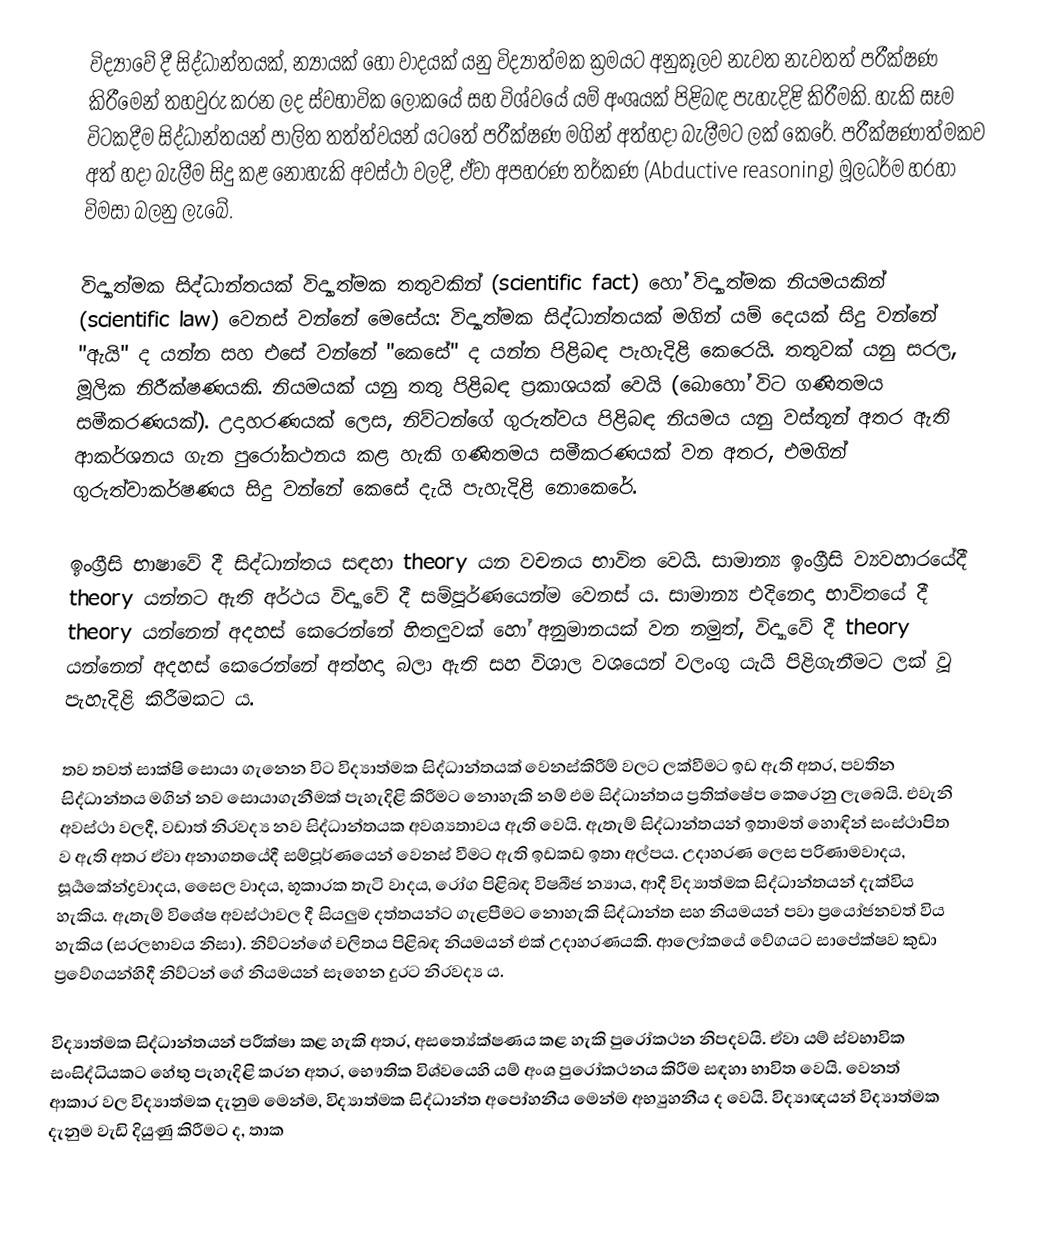
විද්‍යාවේ දී සිද්ධාන්තයක්, න්‍යායක් හෝ වාදයක් යනු විද්‍යාත්මක ක්‍රමයට අනුකූලව නැවත නැවතත් පරීක්ෂණ කිරීමෙන් තහවුරු කරන ලද ස්වභාවික ලෝකයේ සහ විශ්වයේ යම් අංශයක් පිළිබඳ පැහැදිළි කිරීමකි. හැකි සෑම විටකදීම සිද්ධාන්තයන් පාලිත තත්ත්වයන් යටතේ පරීක්ෂණ මගින් අත්හදා බැලීමට ලක් කෙරේ. පරීක්ෂණාත්මකව අත් හදා බැලීම සිදු කළ නොහැකි අවස්ථා වලදී, ඒවා අපහරණ තර්කණ (Abductive reasoning) මූලධර්ම හරහා විමසා බලනු ලැබේ.

විද්‍යාත්මක සිද්ධාන්තයක් විද්‍යාත්මක තතුවකින් (scientific fact) හෝ විද්‍යාත්මක නියමයකින් (scientific law) වෙනස් වන්නේ මෙසේය: විද්‍යාත්මක සිද්ධාන්තයක් මගින් යම් දෙයක් සිදු වන්නේ "ඇයි" ද යන්න සහ එසේ වන්නේ "කෙසේ" ද යන්න පිළිබඳ පැහැදිළි කෙරෙයි. තතුවක් යනු සරල, මූලික නිරීක්ෂණයකි. නියමයක් යනු තතු පිළිබඳ ප්‍රකාශයක් වෙයි (බොහෝ විට ගණිතමය සමීකරණයක්). උදාහරණයක් ලෙස, නිව්ටන්ගේ ගුරුත්වය පිළිබඳ නියමය යනු වස්තූන් අතර ඇති ආකර්ශනය ගැන පුරෝකථනය කළ හැකි ගණිතමය සමීකරණයක් වන අතර, එමගින් ගුරුත්වාකර්ෂණය සිදු වන්නේ කෙසේ දැයි පැහැදිළි නොකෙරේ.

ඉංග්‍රීසි භාෂාවේ දී සිද්ධාන්තය සඳහා theory යන වචනය භාවිත වෙයි. සාමාන්‍ය ඉංග්‍රීසි ව්‍යවහාරයේදී theory යන්නට ඇති අර්ථය විද්‍යාවේ දී සම්පූර්ණයෙන්ම වෙනස් ය. සාමාන්‍ය එදිනෙදා භාවිතයේ දී theory යන්නෙන් අදහස් කෙරෙන්නේ හිතලුවක් හෝ අනුමානයක් වන නමුත්, විද්‍යාවේ දී theory යන්නෙන් අදහස් කෙරෙන්නේ අත්හදා බලා ඇති සහ විශාල වශයෙන් වලංගු යැයි පිළිගැනීමට ලක් වූ පැහැදිළි කිරීමකට ය.

තව තවත් සාක්ෂි සොයා ගැනෙන විට විද්‍යාත්මක සිද්ධාන්තයක් වෙනස්කිරීම් වලට ලක්වීමට ඉඩ ඇති අතර, පවතින සිද්ධාන්තය මගින් නව සොයාගැනීමක් පැහැදිළි කිරීමට නොහැකි නම් එම සිද්ධාන්තය ප්‍රතික්ෂේප කෙරෙනු ලැබෙයි. එවැනි අවස්ථා වලදී, වඩාත් නිරවද්‍ය නව සිද්ධාන්තයක අවශ්‍යතාවය ඇති වෙයි. ඇතැම් සිද්ධාන්තයන් ඉතාමත් හොඳින් සංස්ථාපිත ව ඇති අතර ඒවා අනාගතයේදී සම්පූර්ණයෙන් වෙනස් වීමට ඇති ඉඩකඩ ඉතා අල්පය. උදාහරණ ලෙස පරිණාමවාදය, සූර්‍යකේන්ද්‍රවාදය, සෛල වාදය, භූකාරක තැටි වාදය, රෝග පිළිබඳ විෂබීජ න්‍යාය, ආදී විද්‍යාත්මක සිද්ධාන්තයන් දැක්විය හැකිය. ඇතැම් විශේෂ අවස්ථාවල දී සියලුම දත්තයන්ට ගැළපීමට නොහැකි සිද්ධාන්ත සහ නියමයන් පවා ප්‍රයෝජනවත් විය හැකිය (සරලභාවය නිසා). නිව්ටන්ගේ චලිතය පිළිබඳ නියමයන් එක් උදාහරණයකි. ආලෝකයේ වේගයට සාපේක්ෂව කුඩා ප්‍රවේගයන්හිදී නිව්ටන් ගේ නියමයන් සෑහෙන දුරට නිරවද්‍ය ය.

විද්‍යාත්මක සිද්ධාන්තයන් පරීක්ෂා කළ හැකි අතර, අසත්‍යේක්ෂණය කළ හැකි පුරෝකථන නිපදවයි. ඒවා යම් ස්වභාවික සංසිද්ධියකට හේතු පැහැදිළි කරන අතර, භෞතික විශ්වයෙහි යම් අංශ පුරෝකථනය කිරීම සඳහා භාවිත වෙයි. වෙනත් ආකාර වල විද්‍යාත්මක දැනුම මෙන්ම, විද්‍යාත්මක සිද්ධාන්ත අපෝහනීය මෙන්ම අභ්‍යුහනීය ද වෙයි. විද්‍යාඥයන් විද්‍යාත්මක දැනුම වැඩි දියුණු කිරීමට ද, තාක